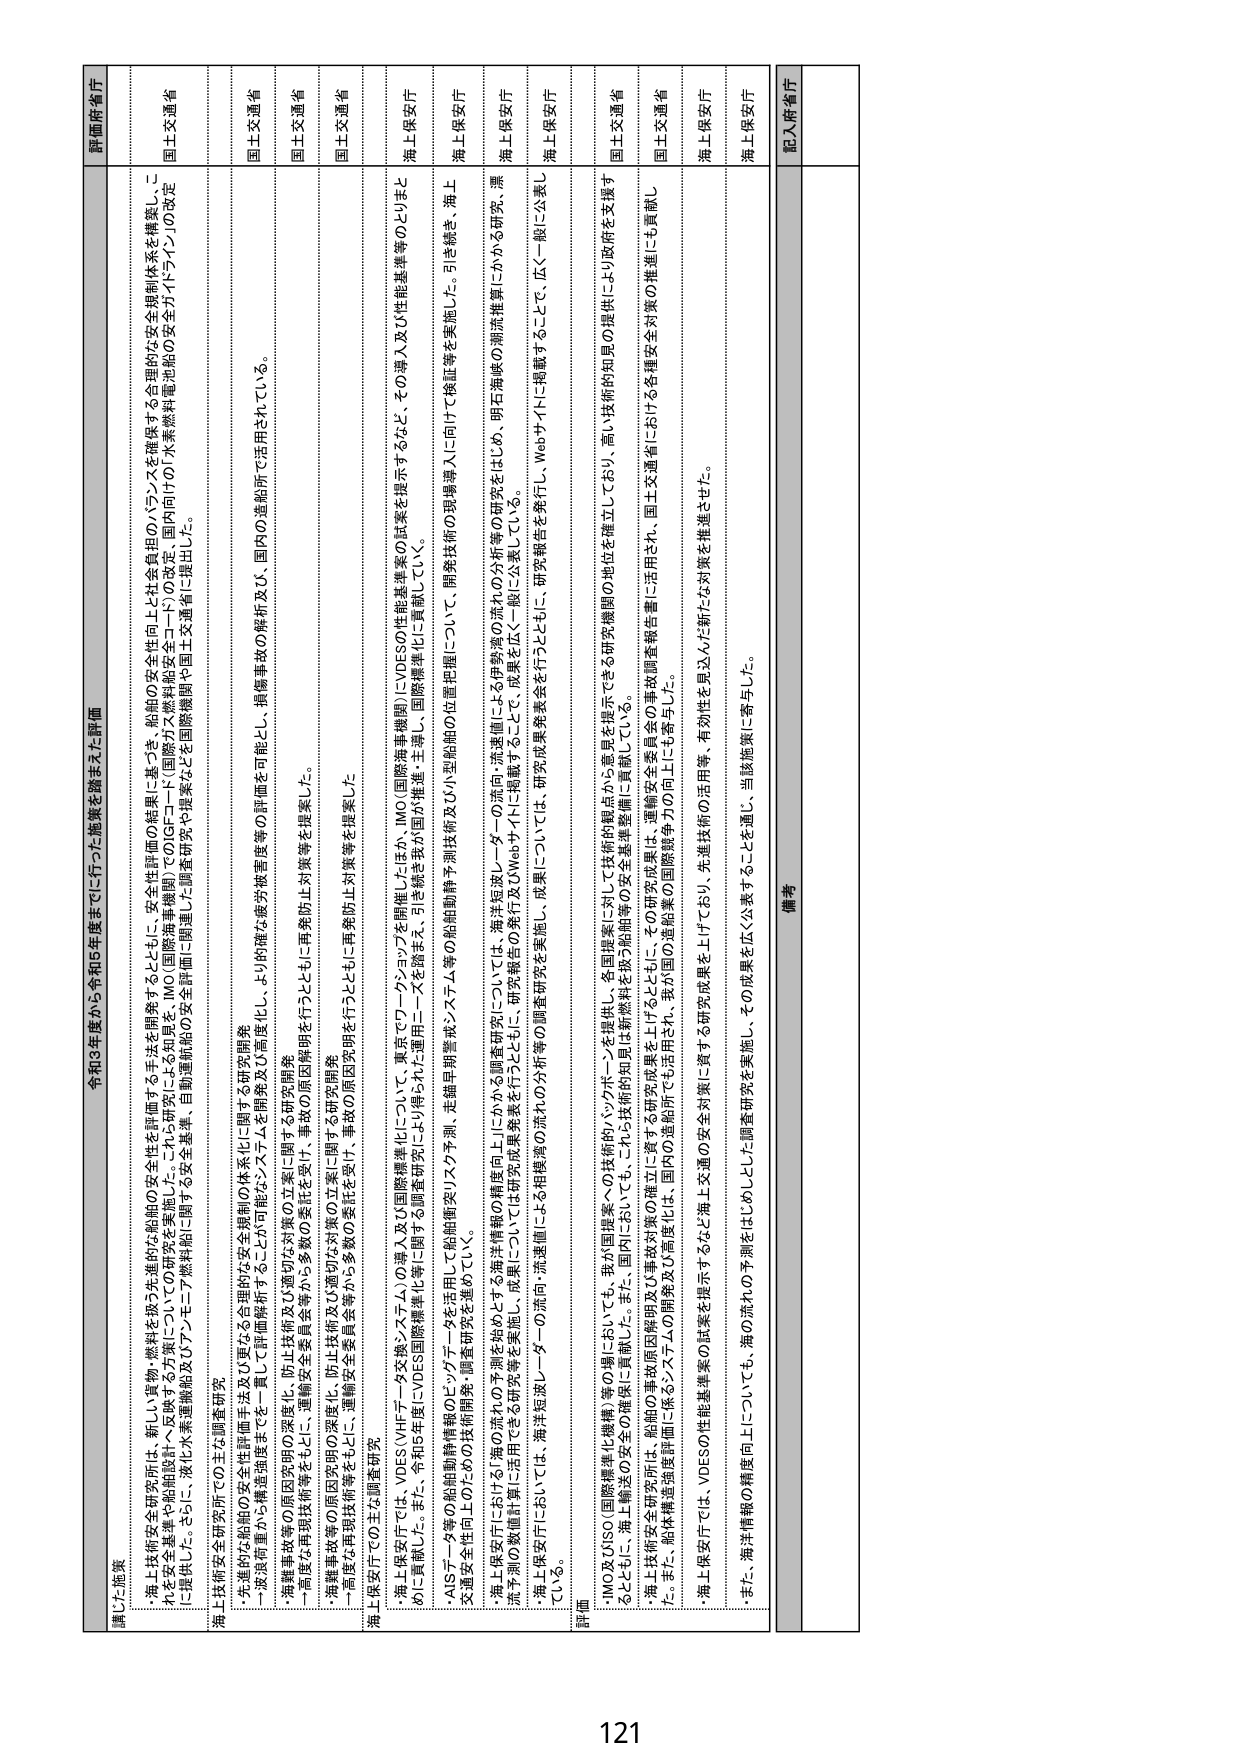
令和3年度から令和5年度までに行った施策を踏まえた評価

講じた施策

・海上技術安全研究所は、新しい貨物・燃料を扱う先進的な船舶の安全性を評価する手法を開発するとともに、安全性評価の結果に基づき、船舶の安全性向上と社会負担のバランスを確保する合理的な安全規制体系を構築し、これに係る基準や船舶設計への反映についての研究を実施した。これら研究による知見は、IMO（国際海事機関）でのISGFコード（国際燃料安全コード）の改定、国内向けの「水素燃料電池船の安全ガイドライン」の改定に提供した。さらに、液化水素運搬船及びアンモニア燃料船に関する安全基準、自動運転船の安全評価に関する研究や提案などを国際機関や国土交通省に提出した。

海上技術安全研究所での主な調査研究

・先進的な船舶の安全性評価手法及び取り組むべき合理的な安全規制の体系化に関する研究開発
　→液浸荷重から構造強度までを一貫して評価解析することが可能となるシステムを開発及び高度化し、より的確な疲労被害度等を可能とし、損傷事故の解析及び、国内の造船所で活用されている。

・海難事故等の原因究明の深化化、防止技術及び対策の立案に関する研究開発
　→高度な再現技術等をもとに、運輸安全委員会等から多数の委託を受け、事故の原因究明を行うとともに、再発防止対策等を提案した。

・海難事故等の原因究明の深化化、防止技術及び対策の立案に関する研究開発
　→高度な再現技術等をもとに、運輸安全委員会等から多数の委託を受け、事故の原因究明を行うとともに、再発防止対策等を提案した。

海上保安庁での主な調査研究

・海上保安庁では、VDES（VHFデータ交換システム）の導入及び国際標準化について、東京でワーキングショップを開催したほか、IMO（国際海事機関）にVDESの性能基準案の試案を提示するなど、その導入及び性能基準等のとりまとめに貢献した。また、令和5年度にVDES国際標準化等に関する調査研究により得られた運用ニーズを踏まえ、引き続き我が国が推進・主導し、国際標準化に貢献していく。

・AISデータ性の船舶動態情報のビッグデータを活用した船舶動態予測技術及びシステム等の船舶動態予測技術及び小型船舶の位置把握について、開発技術の現場導入に向けて検証等を実施した。引き続き、海上交通安全性向上のための技術開発、調査研究を進めている。

・海上保安庁における「海の流れの予測を始めとする海洋情報の精度向上」にかかる調査研究については、海洋短波レーダーの流向・流速値による伊勢湾の流れの分析等の研究をはじめ、明石海峡の潮流推算にかかわる研究、漂流予測の数値計算に活用できる研究等を実施し、成果については研究報告を行うとともに、成果を広く一般に公表している。

・海上保安庁においては、海洋短波レーダーの流向・流速値による相模湾の流れの分析等の調査研究を実施し、成果については、研究成果発表会を行うとともに、研究報告を発行し、Webサイトに掲載することで、広く一般に公表している。

評価

・IMO及びISO（国際標準化機構）等の場においても、我が国提案への技術的バックボーンを提供し、各国提案に対して技術的視点から意見を提示できる研究機関の地位を確立しており、高い技術的知見の提供により政府を支援するとともに、海上輸送の安全の確保に貢献した。また、国内においても、これら技術的知見は新燃料等の安全基準整備に貢献している。

・海上技術安全研究所は、船舶の災害対策用開発及び事故対策の確立に資する研究成果を上げるとともに、その研究成果は、運輸安全委員会の事故調査報告書に活用され、国土交通省における各種安全対策の推進にも貢献した。また、船舶構造強度評価に係るシステムの開発及び高度化は、国内の造船業の国際競争力の向上にも寄与した。

・海上保安庁では、VDESの性能基準案の試案を提示するなど海上交通の安全対策に資する研究成果を上げており、先進技術の活用等、有効性を見込んだ新たな対策を推進させた。

・また、海洋情報の精度向上については、海の流れの予測をはじめとした調査研究を実施し、その成果を広く公表することを通じ、当該施策に寄与した。

備考

評価府省庁

国土交通省
国土交通省
国土交通省
国土交通省
海上保安庁
海上保安庁
海上保安庁
海上保安庁
海上保安庁
国土交通省
国土交通省
海上保安庁
海上保安庁

記入府省庁

121